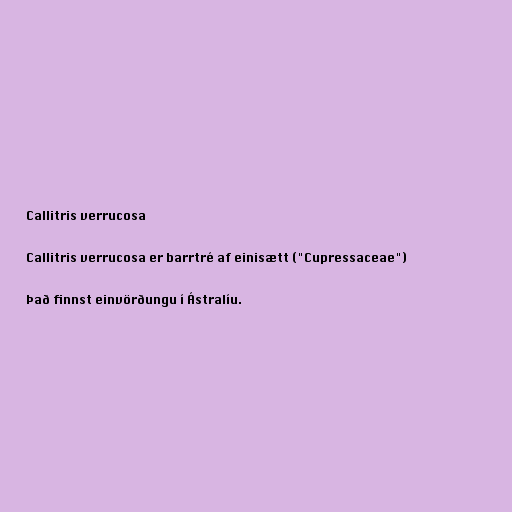
Callitris verrucosa

Callitris verrucosa er barrtré af einisætt ("Cupressaceae")

Það finnst einvörðungu í Ástralíu.